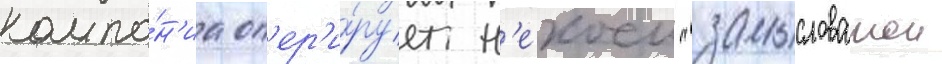
компа́н'иа оп'ер'и́рует н'екоеи "замысловатои